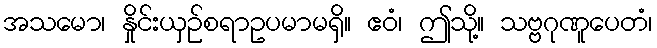
အသမော၊ နှိုင်းယှဉ်စရာဥပမာမရှိ။ ဧဝံ၊ ဤသို့။ သဗ္ဗဂုဏူပေတံ၊